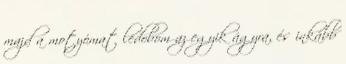
majd a motyómat ledobom az egyik ágyra, és inkább